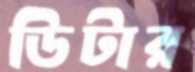
ডিটার